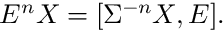
\displaystyle E ^ { n } X = [ \Sigma ^ { - n } X , E ] .